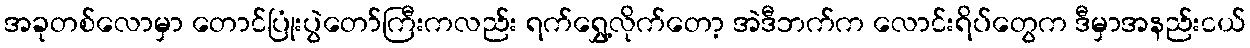
အခုတစ်လောမှာ တောင်ပြုံးပွဲတော်ကြီးကလည်း ရက်ရွှေ့လိုက်တော့ အဲဒီဘက်က လောင်းရိပ်တွေက ဒီမှာအနည်းငယ်